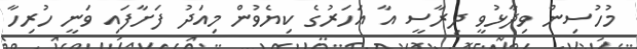
މުހުސިން ވިދާޅުވީ ދިރާސީ އާ އަހަރުގެ ކިޔެވުން މިއަދު ފަށާފައި ވަނީ ހުރިހާ